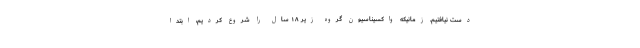
دست نیافتیم. زمانیکه واکسیناسیون گروه زیر ۱۸ سال را شروع کردیم، ابتدا